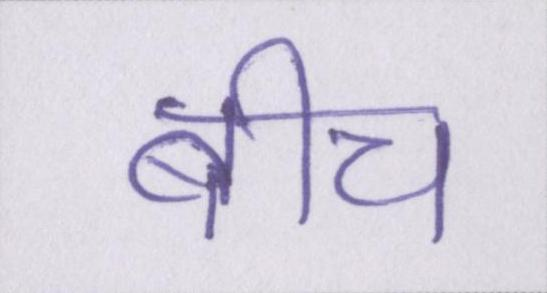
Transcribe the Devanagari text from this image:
बीच